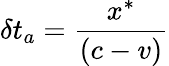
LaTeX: \delta t_{a}={\frac{x^{\ast}}{\left(c-v\right)}}